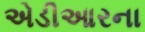
એડીઆરના